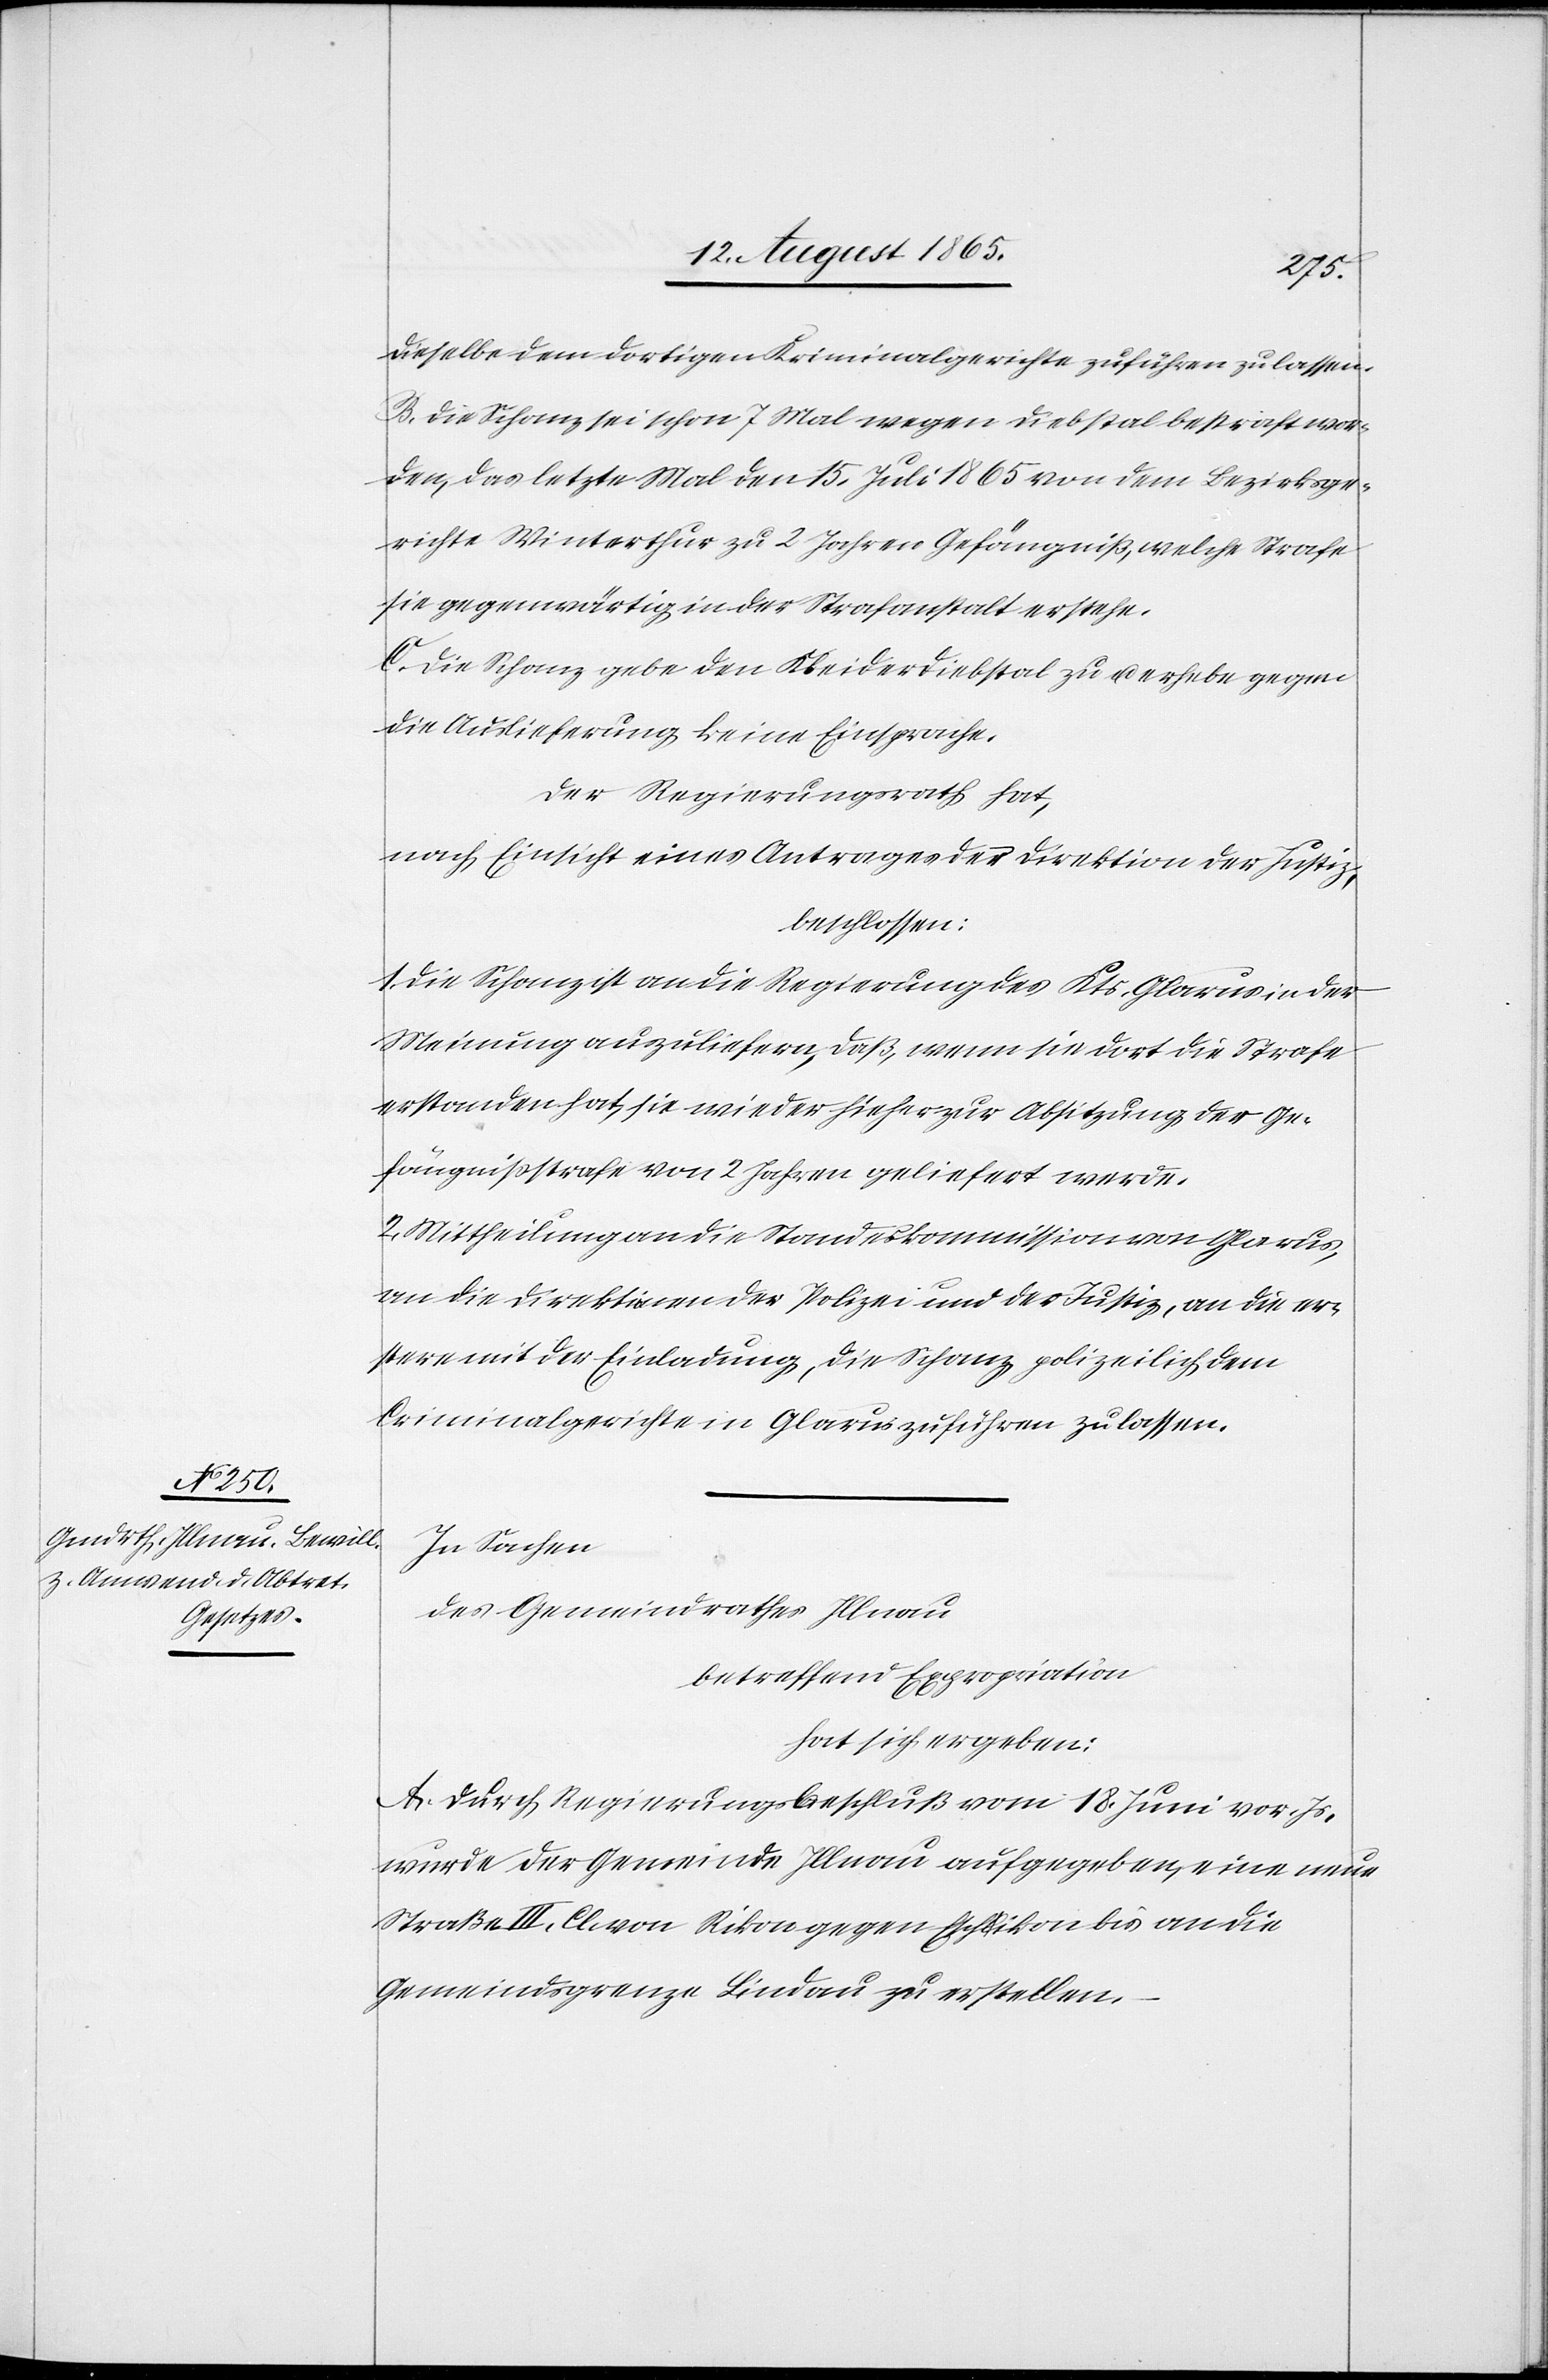
dieselbe dem dortigen Kriminalgerichte zuführen zu lassen.
B. Die Schanz sei schon 7 Mal wegen Diebstal bestraft wor¬
den, das letzte Mal den 15. Juli 1865 von dem Bezirksge¬
richte Winterthur zu 2 Jahren Gefängniß, welche Strafe
sie gegenwärtig in der Strafanstalt erstehe.
C. Die Schanz gebe den Kleiderdiebstal zu u. erhebe gegen
die Auslieferung keine Einsprache.
Der Regierungsrath hat,
nach Einsicht eines Antrages der Direktion der Justiz,
beschlossen:
1. Die Schanz ist an die Regierung des Kts. Glarus in der
Meinung auszuliefern, daß, wenn sie dort die Strafe
erstanden hat, sie wieder hieher zur Absitzung der Ge¬
fängnißstrafe von 2 Jahren geliefert werde.
2. Mittheilung an die Standeskommission von Glarus,
an die Direktionen der Polizei und der Justiz, an die er¬
stere mit der Einladung, die Schanz polizeilich dem
Criminalgerichte in Glarus zuführen zu lassen.
In Sachen
des Gemeindrathes Illnau
betreffend Expropriation
hat sich ergeben:
A. Durch Regierungsbeschluß vom 18. Juni vor. Js.
wurde der Gemeinde Illnau aufgegeben, eine neue
Straße III. Cl. von Rikon gegen Escha-l-aikon bis an die
Gemeindsgrenze Lindau zu erstellen.